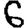
Digit: 6